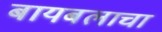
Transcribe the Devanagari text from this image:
बायबलाचा